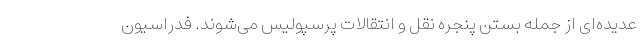
عدیده‌ای از جمله بستن پنجره نقل و انتقالات پرسپولیس می‌شوند. فدراسیون